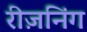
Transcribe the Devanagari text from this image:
रीज़निंग